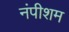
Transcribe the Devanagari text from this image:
नंपीशम